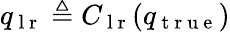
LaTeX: q_{\mathrm{~l~r~}}\triangleq C_{\mathrm{~l~r~}}(q_{\mathrm{~t~r~u~e~}})